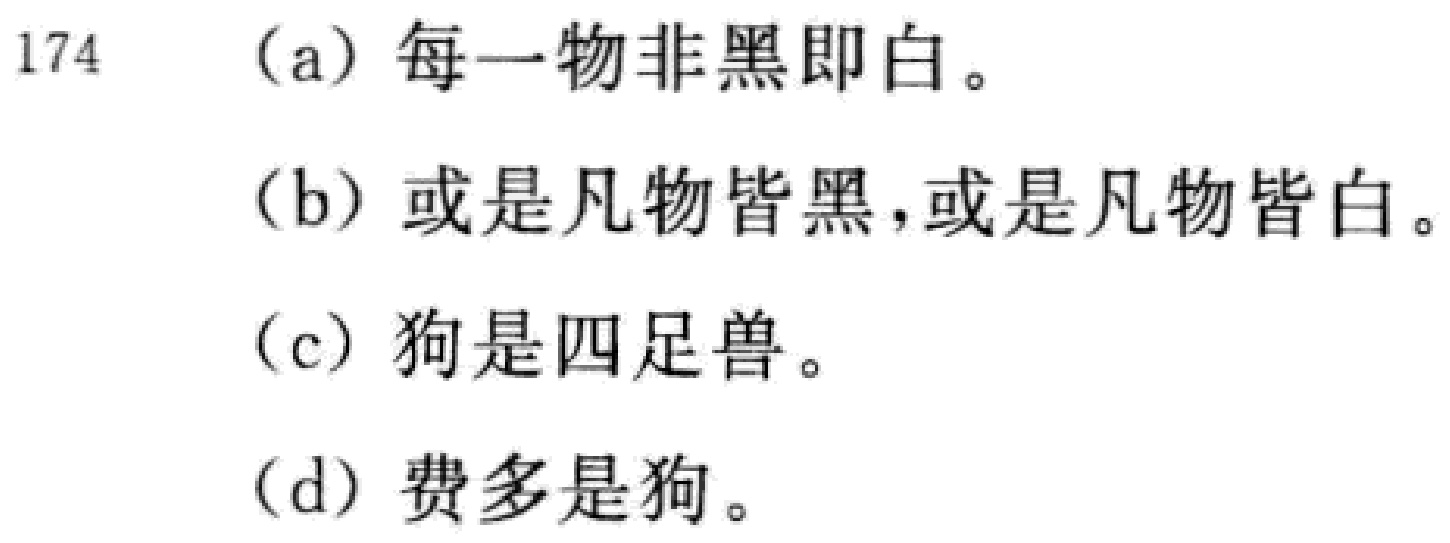
(a) 每一物非黑即白。

(b) 或是凡物皆黑,或是凡物皆白。

(c) 狗是四足兽。

(d) 费多是狗。